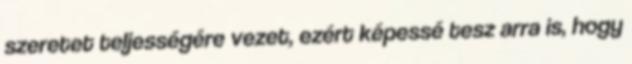
szeretet teljességére vezet, ezért képessé tesz arra is, hogy